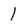
Character: 1